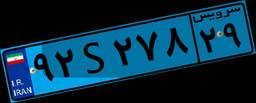
۹۲S۲۷۸۲۹